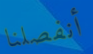
أنفصلنا